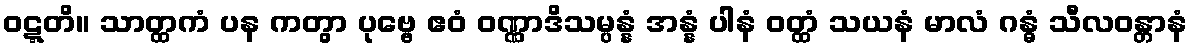
ဝဋ္ဋတိ။ သာတ္ထကံ ပန ကတွာ ပုဗ္ဗေ ဧဝံ ဝဏ္ဏာဒိသမ္ပန္နံ အန္နံ ပါနံ ဝတ္ထံ သယနံ မာလံ ဂန္ဓံ သီလဝန္တာနံ